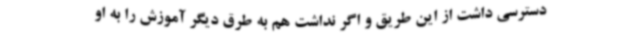
دسترسی داشت از این طریق و اگر نداشت هم به طرق دیگر آموزش را به او